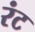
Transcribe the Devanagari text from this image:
रंट